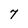
Character: 7